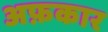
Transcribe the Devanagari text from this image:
अफ़कार